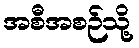
အစီအစဉ်သို့